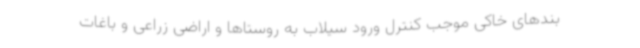
بندهای خاکی موجب کنترل ورود سیلاب به روستاها و اراضی زراعی و باغات